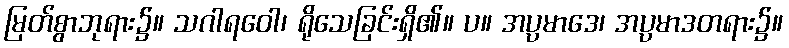
မြတ်စွာဘုရား၌။ သဂါရဝေါ၊ ရိုသေခြင်းရှိ၏။ ပ။ အပ္ပမာဒေ၊ အပ္ပမာဒတရား၌။